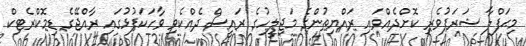
މިޙަފްލާ ޝަރަފުވެރި ކޮށްދެއްވައި ރައްޔިތުންގެ މަޖިލީހުގެ ރައީސް ދެއްކެވި ވާހަކަފުޅުގައި ރާއްޖޭގެ ޑިމޮކްރެޓިކް